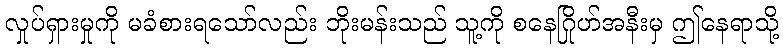
လှုပ်ရှားမှုကို မခံစားရသော်လည်း ဘိုးမန်းသည် သူ့ကို စနေဂြိုဟ်အနီးမှ ဤနေရာသို့